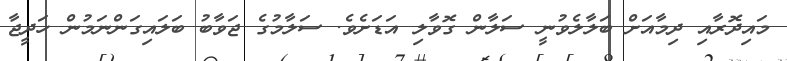
މައިދޮރާއި ދިމާއަށް ބަލާލެވުނީ ސަލާން ގޮވާލި އަޑަށެވެ. ސަލާމުގެ ޖަވާބު ބަލައިގަންނަމުން ހަދީޖާ